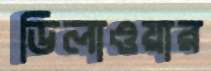
ডিলাওয়ার